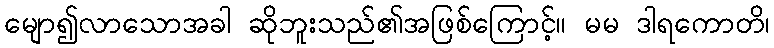
မျော၍လာသောအခါ ဆိုဘူးသည်၏အဖြစ်ကြောင့်။ မမ ဒါရကောတိ၊